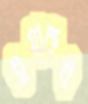
ইয়ারুল